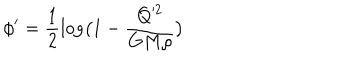
LaTeX: \phi ^ { \prime } = \frac { 1 } { 2 } \log \bigl ( 1 - \frac { Q ^ { 2 } } { G M \rho } \bigr )